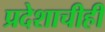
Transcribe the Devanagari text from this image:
प्रदेशाचीही